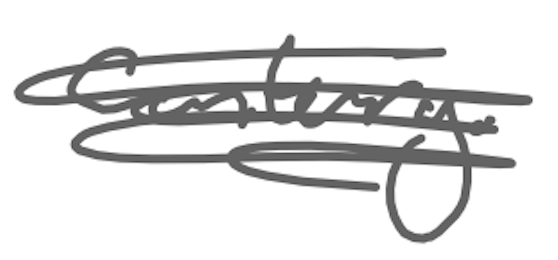
Text: century.
Cross-out: scratch
Writing tool: digital_gray